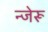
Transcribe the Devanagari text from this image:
न्जेरू